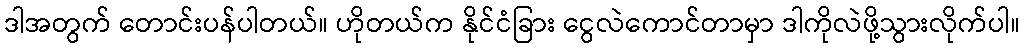
ဒါအတွက် တောင်းပန်ပါတယ်။ ဟိုတယ်က နိုင်ငံခြား ငွေလဲကောင်တာမှာ ဒါကိုလဲဖို့သွားလိုက်ပါ။